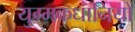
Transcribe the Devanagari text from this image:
युग्मकधानियों